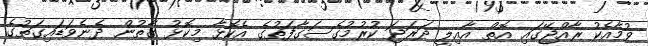
ވުމާއެކު ރާއްޖޭގައި އޮތް އާއިލީ ދަރަޖަ ކުރުމުގެސަގާފަތުގެ އެކޮޅާ މިކޮޅު ގާތުން ދެނެވަޑައިގަތުގެ